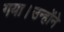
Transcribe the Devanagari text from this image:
गया।उन्होंने